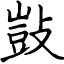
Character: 敱